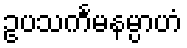
ဥပသင်္ကမနမ္ပာဟံ